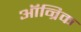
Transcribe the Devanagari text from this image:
ऑन्रिक